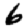
Digit: 6